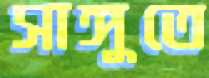
সাঙ্গুতে